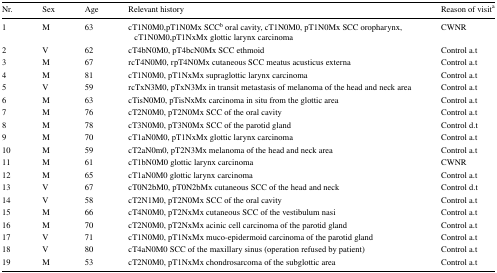
<table><thead><tr><td><b>Nr.</b></td><td><b>Sex</b></td><td><b>Age</b></td><td><b>Relevant history</b></td><td><b>Reason of visit<sup>a</sup></b></td></tr></thead><tbody><tr><td>1</td><td>M</td><td>63</td><td>cT1N0M0,pT1N0Mx SCC<sup>b</sup> oral cavity, cT1N0M0, pT1N0Mx SCC oropharynx, cT1N0M0,pT1NxMx glottic larynx carcinoma</td><td>CWNR</td></tr><tr><td>2</td><td>V</td><td>62</td><td>cT4bN0M0, pT4bcN0Mx SCC ethmoid</td><td>Control a.t</td></tr><tr><td>3</td><td>M</td><td>67</td><td>rcT4N0M0, rpT4N0Mx cutaneous SCC meatus acusticus externa</td><td>Control a.t</td></tr><tr><td>4</td><td>M</td><td>81</td><td>cT1N0M0, pT1NxMx supraglottic larynx carcinoma</td><td>Control a.t</td></tr><tr><td>5</td><td>V</td><td>59</td><td>rcTxN3M0, pTxN3Mx in transit metastasis of melanoma of the head and neck area</td><td>Control a.t</td></tr><tr><td>6</td><td>M</td><td>63</td><td>cTisN0M0, pTisNxMx carcinoma in situ from the glottic area</td><td>Control a.t</td></tr><tr><td>7</td><td>M</td><td>76</td><td>cT2N0M0, pT2N0Mx SCC of the oral cavity</td><td>Control a.t</td></tr><tr><td>8</td><td>M</td><td>78</td><td>cT3N0M0, pT3N0Mx SCC of the parotid gland</td><td>Control d.t</td></tr><tr><td>9</td><td>M</td><td>70</td><td>cT1aN0M0, pT1NxMx glottic larynx carcinoma</td><td>Control a.t</td></tr><tr><td>10</td><td>M</td><td>59</td><td>cT2aN0m0, pT2N3Mx melanoma of the head and neck area</td><td>Control a.t</td></tr><tr><td>11</td><td>M</td><td>61</td><td>cT1bN0M0 glottic larynx carcinoma</td><td>CWNR</td></tr><tr><td>12</td><td>M</td><td>65</td><td>cT1aN0M0 glottic larynx carcinoma</td><td>Control a.t</td></tr><tr><td>13</td><td>V</td><td>67</td><td>cT0N2bM0, pT0N2bMx cutaneous SCC of the head and neck</td><td>Control d.t</td></tr><tr><td>14</td><td>V</td><td>58</td><td>cT2N1M0, pT2N0Mx SCC of the oral cavity</td><td>Control a.t</td></tr><tr><td>15</td><td>M</td><td>66</td><td>cT4N0M0, pT2NxMx cutaneous SCC of the vestibulum nasi</td><td>Control a.t</td></tr><tr><td>16</td><td>M</td><td>70</td><td>cT2N0M0, pT2NxMx acinic cell carcinoma of the parotid gland</td><td>Control a.t</td></tr><tr><td>17</td><td>V</td><td>71</td><td>cT1N0M0, pT1NxMx muco-epidermoid carcinoma of the parotid gland</td><td>Control a.t</td></tr><tr><td>18</td><td>V</td><td>80</td><td>cT4aN0M0 SCC of the maxillary sinus (operation refused by patient)</td><td>Control a.t</td></tr><tr><td>19</td><td>M</td><td>53</td><td>cT2N0M0, pT1NxMx chondrosarcoma of the subglottic area</td><td>Control a.t</td></tr></tbody></table>